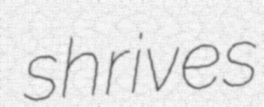
shrives